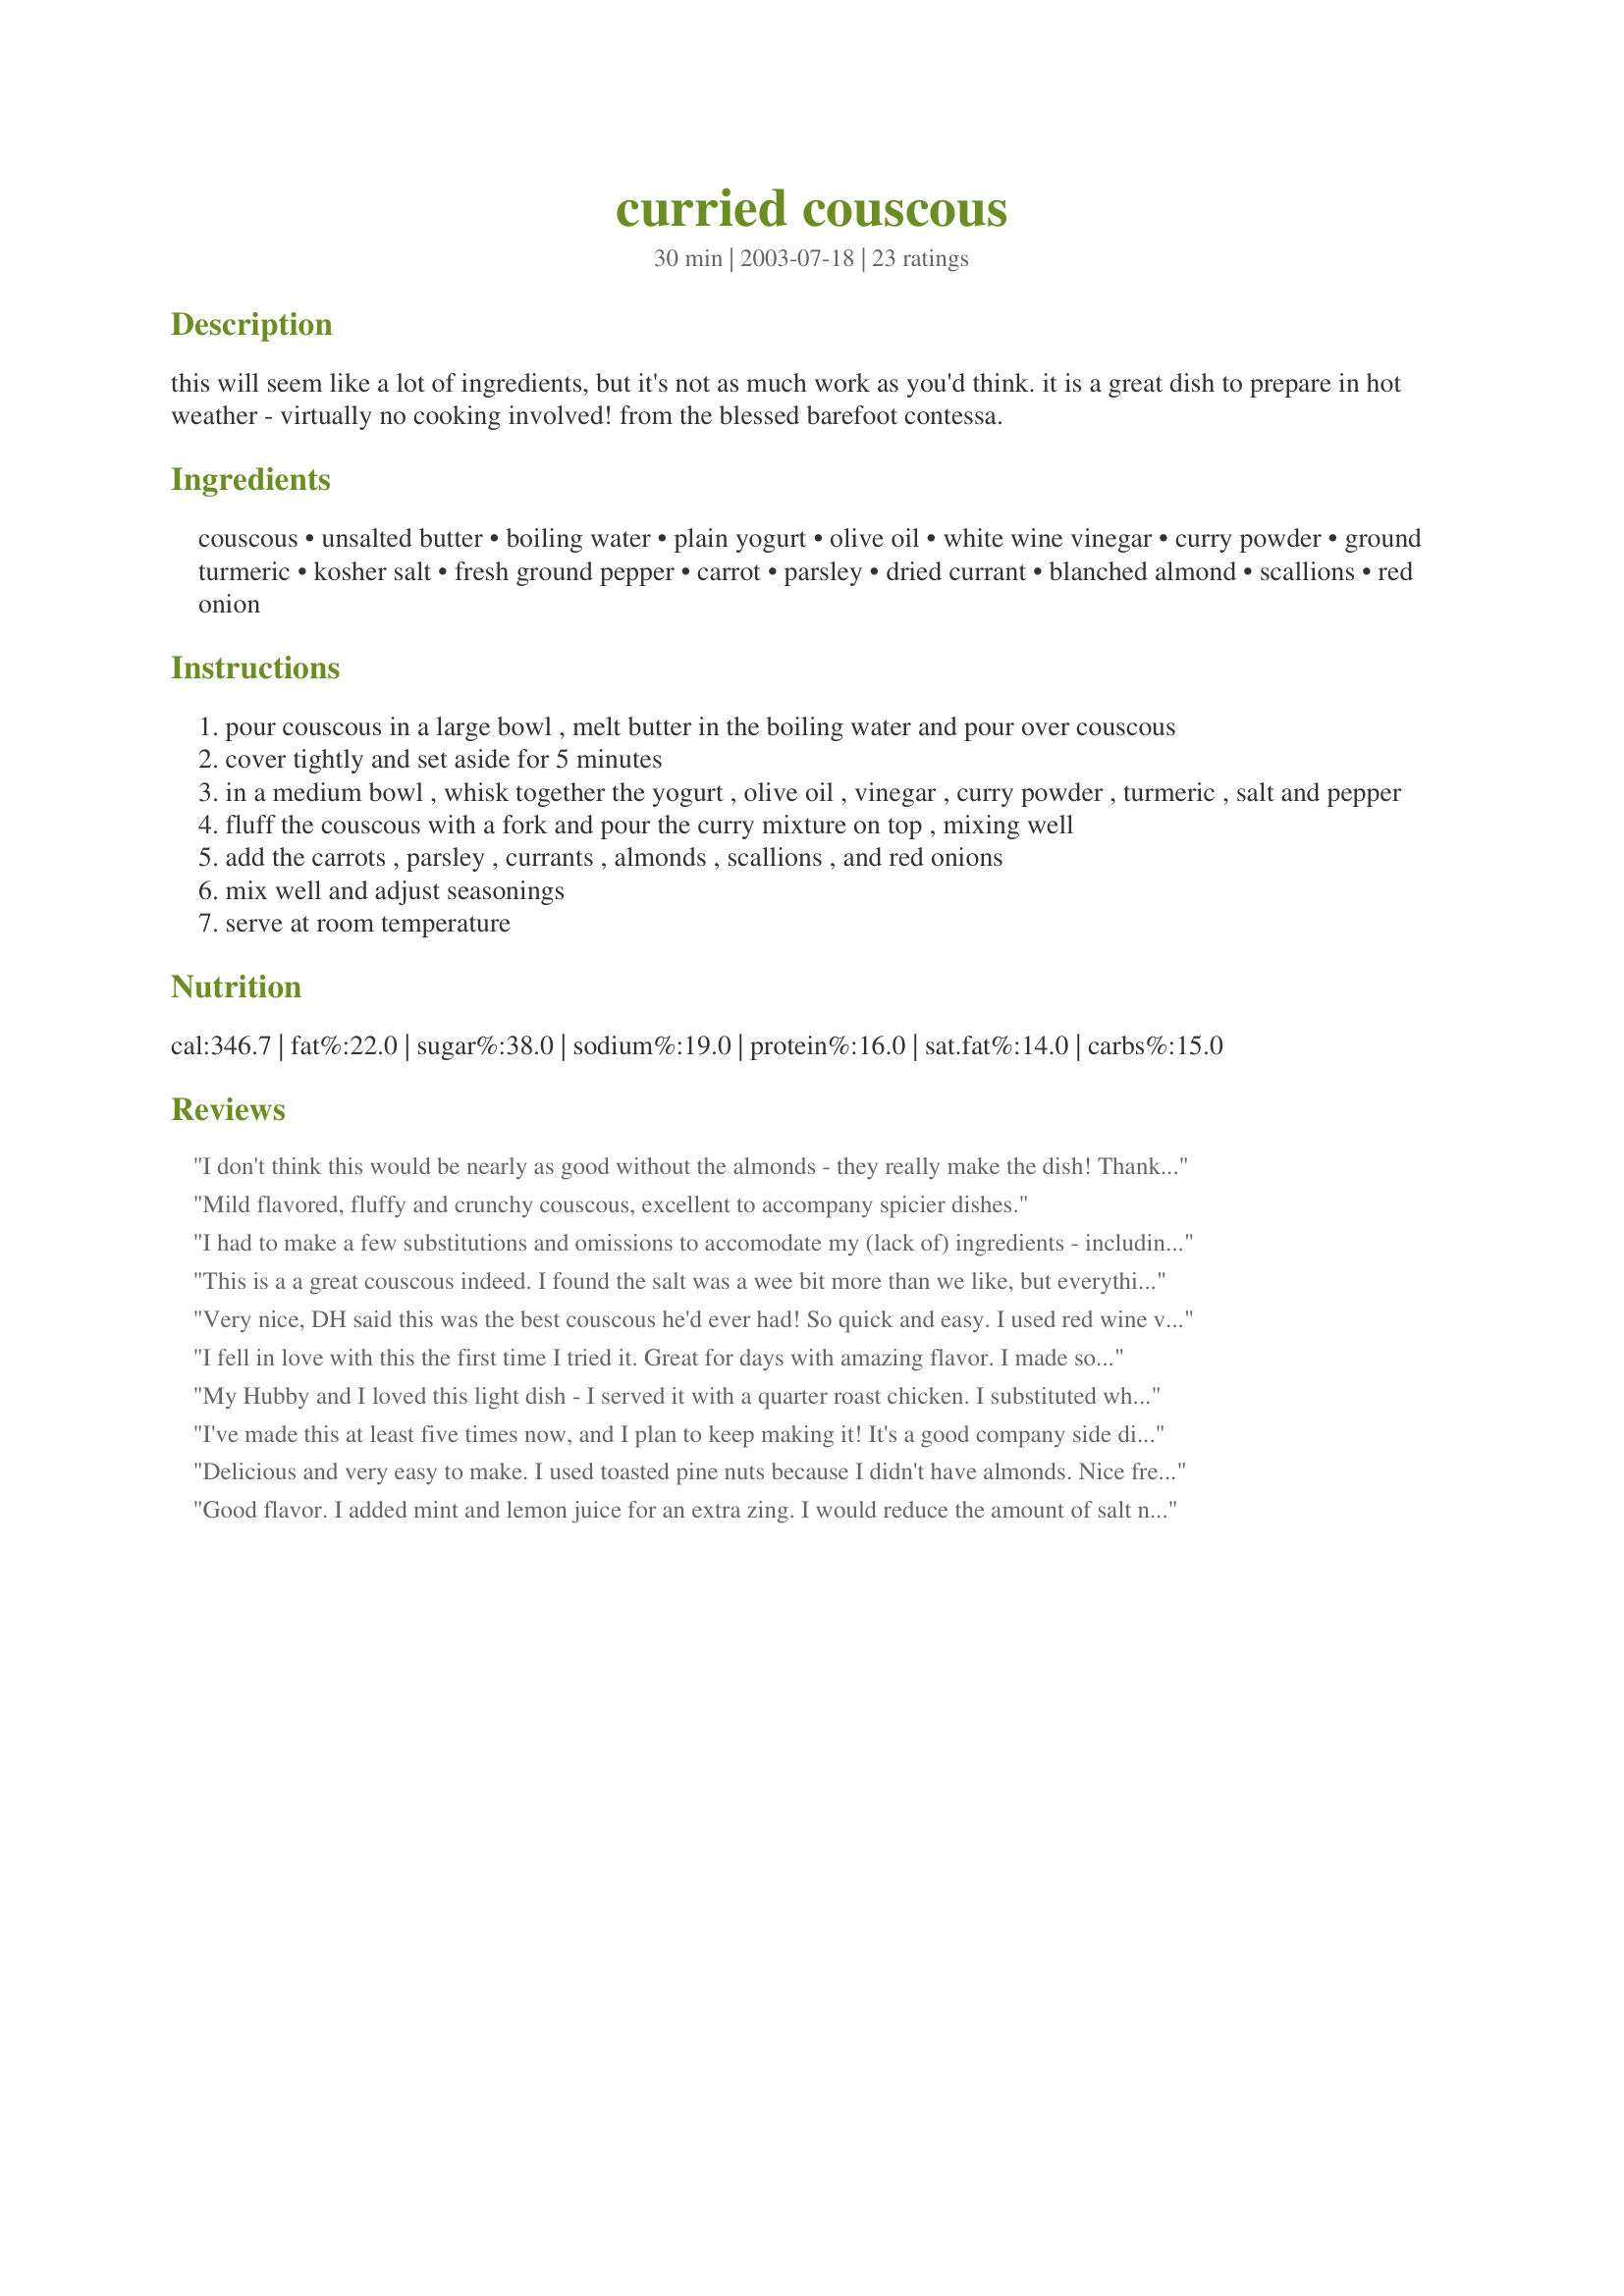
curried couscous
Preparation time: 30 minutes

this will seem like a lot of ingredients, but it's not as much work as you'd think. it is a great dish to prepare in hot weather - virtually no cooking involved! from the blessed barefoot contessa.

Ingredients:
couscous, unsalted butter, boiling water, plain yogurt, olive oil, white wine vinegar, curry powder, ground turmeric, kosher salt, fresh ground pepper, carrot, parsley, dried currant, blanched almond, scallions, red onion

Steps:
pour couscous in a large bowl , melt butter in the boiling water and pour over couscous
cover tightly and set aside for 5 minutes
in a medium bowl , whisk together the yogurt , olive oil , vinegar , curry powder , turmeric , salt and pepper
fluff the couscous with a fork and pour the curry mixture on top , mixing well
add the carrots , parsley , currants , almonds , scallions , and red onions
mix well and adjust seasonings
serve at room temperature

Reviews:
I don't think this would be nearly as good without the almonds - they really make the dish! Thanks for posting (^o^)o
Mild flavored, fluffy and crunchy couscous, excellent to accompany spicier dishes.
I had to make a few substitutions and omissions to accomodate my (lack of) ingredients - including the couscous! I had everything but the couscous and the water ready to go in the morning, then when I went to get the couscous out at dinner time, there was only about a tablespoon left in the jar, lol! So, happy substitution, I used millet instead. I also omitted the butter - because I forgot, used pistachios instead of almonds, raisins instead of currants, onion powder to replace the red onion and the scallion, and dried cilantro to replace the parsley. This was STILL a great, tasty recipe. What a wonderful mixture of flavors. Thank you!
This is a a great couscous indeed. I found the salt was a wee bit more than we like, but everything else was perfect. Thanks for the recipe.
Very nice, DH said this was the best couscous he'd ever had! So quick and easy. I used red wine vinegar and pine nuts as that was what I had on hand; next time I think I'll increase the curry powder to give it even more flavour. I left out the currants as I'm not a fan of them in savoury dishes. Thanks for posting!!
I fell in love with this the first time I tried it. Great for days with amazing flavor. I made some substitutions to make for less dairy (margarine for butter, soy yogurt) and didn't add currants, red onion, or almonds until immediately before eating. LOVE!
My Hubby and I loved this light dish - I served it with a quarter roast chicken.
I substituted white wine vinegar for red (all I had) and added a table spoon of chopped up sun dried tomatoes and a chopped up roasted Cal pepper- which kept the chicken company in the oven.
No groud turmeric either so I added a 1/2 teaspoon more of curry powder.
Thanks for this. It is always interesting to see what others add to make this wonderfully textured but otherwise plain grain.
I've made this at least five times now, and I plan to keep making it! It's a good company side dish and popular at potlucks. Every time it's a little different, as I use what's on hand. I usually use garam masala instead of the curry powder and turmeric; I don't really need the butter in the couscous; I don't add salt; and I use either red onions or scallions if I don't happen to have both. I would say the fresh parsley, good olive oil and yogurt are essential. It's ok without the slivered almonds, but much nicer with. A flexible dish that is sure to please.
Delicious and very easy to make. I used toasted pine nuts because I didn't have almonds. Nice fresh taste, and was great even the next day. You really can't go wrong with the Barefoot Contessa.
Good flavor. I added mint and lemon juice for an extra zing. I would reduce the amount of salt next time. Can't mess up too much with Ina's recipe.
Delicious!
This recipe is OUTSTANDING!! I made it to go with an Indonesian Chicken recipe and we couldn't get over the flavour of this couscous, it was just amazing. I have never been a huge fan of couscous in the past, but this is now one of my favourite recipes on all of Zaar. I used vanilla yogurt instead of plain as that was all I had, and I also blanched my fruit in boiling water first to soften it up a little. It turned out perfectly, fluffy, not sticky, and such a tasty dish that I have now added to my catering menu. Thanks so much for making me a lover of couscous! :)
This recipe is an all time favorite of mine. Don't be put off with the ingredient list...it really is quite simple when you get to chopping. This is a recipe came from Ina Garten-The Barefoot Contessa.
This is the best cous cous recipe ever.
Amazing combination of flavors! I've made this four times for different groups of people, each time it was a hit! The flavors are so unique, wonderfulness in your mouth! I followed the recipe except I usually forget to add the butter and don't notice a difference. I also cut down on parsley and add a bit of cilantro. I made it without yogurt, but it wasn't nearly as good...yogurt is a must. I serve this with Grilled Moroccan Chicken
Recipe #15580....highly recommended!
Fantastic recipe with excellent flavours. I personally leave the currants out, however.
Sooooo delish!! I can&#039;t wait to make this for company! Used raisins (had no currants) and used only red onion (had no scallions). I will be making this often!
Super delicious, I am making this for my sister's wedding. It got rave review from everyone who tasted it. I used dried cranberries instead of currants, and white balsamic vinegar instead of white wine.
This was a GREAT side dish. I will definitely make this over and over again. I did not have white wine vinegar, substituted equal parts white wine and balsamic vinegar. I threw the almonds into the boiling water, just before adding the couscous. Thanks for sharing this recipe.
Wonderful. made just as instructed. Took to a friend that had never had couccous and she is now a fan. currants are a must as I think raisins are too large.
Very tasty! I cut down on the olive oil and butter amounts a little to decrease the fat. I also forgot the parsley, and used dried cranberries because I didn't have currants. Still turned out great - the dressing has a really nice flavor, not too spicy, but good.
This was excellent! I made a 'few' substitutions as I didn't have all the correct ingredients on hand. I omitted the butter and carrots, and used raisins instead of currents, light sour cream instead of yogurt and apple cider vinegar instead of white wine vinegar. I also substituted pine nuts instead of almonds. Even with the substitutions it was still delicious both times I've made it. Thanks for posting your recipe!
This recipe was incredibly easy to make and had a fantastic mix of flavors. Next time I make it, I'll reduce the amount of Italian Parsley a little bit though.. we felt it was a little too strong & overpowered some of the other flavors.
